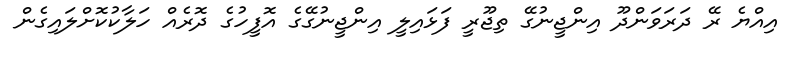
އިއްޔެ ރޭ ދަރަވަންދޫ އިންޖީނުގޭ ތިޖޫރީ ފަޅައިލީ އިންޖީނުގޭގެ އޮފީހުގެ ދޮރެއް ހަލާކުކޮށްލައިގެން